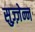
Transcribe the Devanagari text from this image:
सुज़्ज़ेन्न